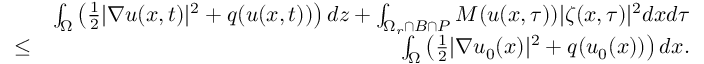
\begin{array} { r l r } & { } & { \int _ { \Omega } \left( \frac { 1 } { 2 } | \nabla u ( x , t ) | ^ { 2 } + q ( u ( x , t ) ) \right) d z + \int _ { \Omega _ { r } \cap B \cap P } M ( u ( x , \tau ) ) | \zeta ( x , \tau ) | ^ { 2 } d x d \tau } \\ & { \leq } & { \int _ { \Omega } \left( \frac { 1 } { 2 } | \nabla u _ { 0 } ( x ) | ^ { 2 } + q ( u _ { 0 } ( x ) ) \right) d x . } \end{array}